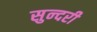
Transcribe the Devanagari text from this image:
सुन्‍दरी